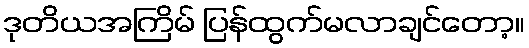
ဒုတိယအကြိမ် ပြန်ထွက်မလာချင်တော့။